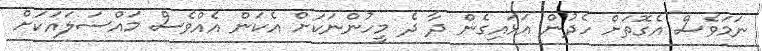
ނަމަވެސް އެގޮތަށް ހެދުން އަޅައިގެން ދާ ދެ މީހުންނަކަށް އެކަން އެއްވެސް މައްސަލައަކަށް